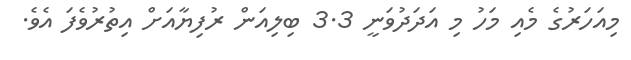
މިއަހަރުގެ މެއި މަހު މި އަދަދުވަނީ 3.3 ބިލިއަން ރުފިޔާއަށް އިތުރުވެފަ އެވެ.